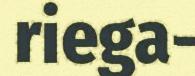
riega-